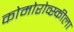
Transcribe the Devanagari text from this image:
कोमोरोव्स्कीला